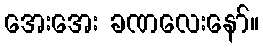
အေးအေး ခဏလေးနော်။